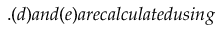
. ( d ) a n d ( e ) a r e c a l c u l a t e d u s i n g